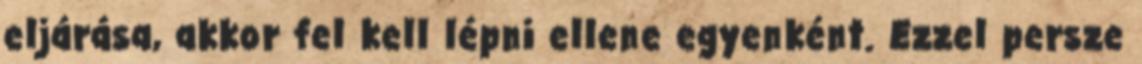
eljárása, akkor fel kell lépni ellene egyenként. Ezzel persze